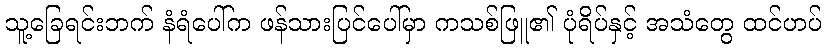
သူ့ခြေရင်းဘက် နံရံပေါ်က ဖန်သားပြင်ပေါ်မှာ ကသစ်ဖြူ၏ ပုံရိပ်နှင့် အသံတွေ ထင်ဟပ်